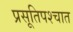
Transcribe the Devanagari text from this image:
प्रसूतिपश्चात